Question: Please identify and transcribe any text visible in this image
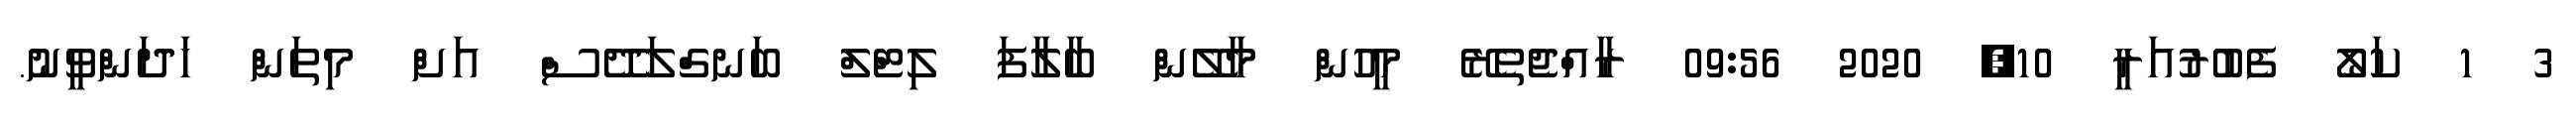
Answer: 3 1 ކަލޯ ފެބުރުއަރީ 10, 2020 09:56 ރާއްޖެތެރޭ މީހުން މާލޭން ބާލާފަ ލިޓްލް ބަނގްލަދޭސް އަށް މިތަން ހަދަންވީނު.